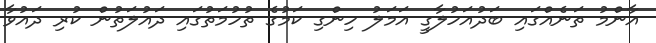
އާންމު ތަނެއްގައި ބަދުއަހުލާގީ އަމަލު ހިންގި ކަމުގެ ތުހުމަތުގައި ދައުލަތުން ކުރި ދައުވާ